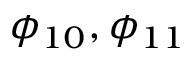
\phi _ { 1 0 } , \phi _ { 1 1 }